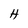
Character: H